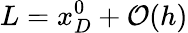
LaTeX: L=x_{D}^{0}+\mathcal{O}(h)